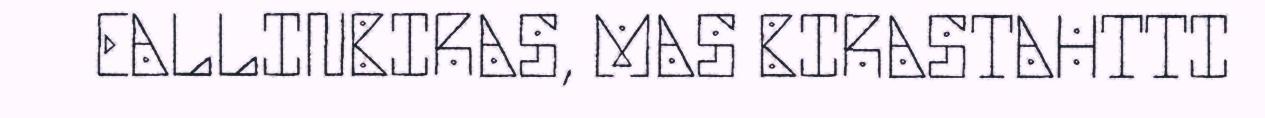
EALLINBIRAS, MAS BIRASTAHTTI